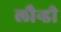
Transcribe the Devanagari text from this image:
लौन्डी